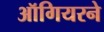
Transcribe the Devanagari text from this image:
ऑगियरने